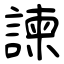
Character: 諫